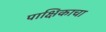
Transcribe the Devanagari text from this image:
पाक्षिकाचा